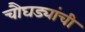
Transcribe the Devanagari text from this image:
चौघड्यांची